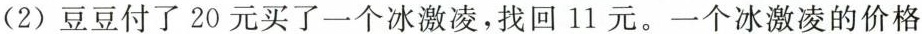
(2)豆豆付了20元买了一个冰激凌，找回11元。一个冰激凌的价格